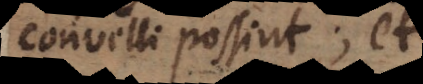
convelli possint; et